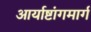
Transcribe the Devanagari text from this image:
आर्याष्टांगमार्ग